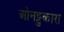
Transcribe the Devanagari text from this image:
ओनट्टुकारा